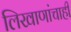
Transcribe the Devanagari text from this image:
लिखाणांचाही